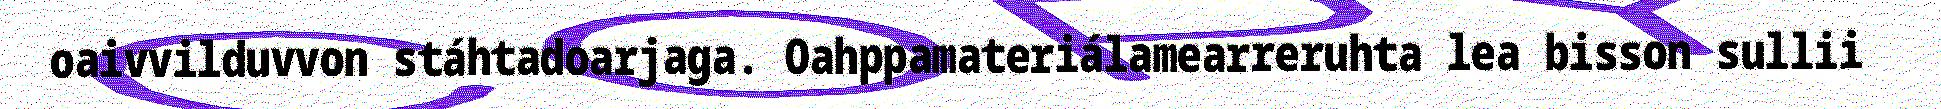
oaivvilduvvon stáhtadoarjaga. Oahppamateriálamearreruhta lea bisson sullii